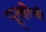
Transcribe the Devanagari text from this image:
पूल्होजी